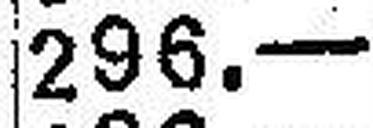
296.—